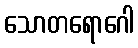
သောတရောဂေါ